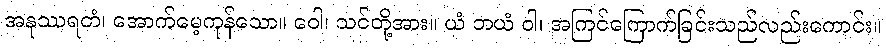
အနုဿရတံ၊ အောက်မေ့ကုန်သော။ ဝေါ၊ သင်တို့အား။ ယံ ဘယံ ဝါ၊ အကြင်ကြောက်ခြင်းသည်လည်းကောင်း။